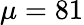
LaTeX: \mu=81